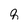
Character: q